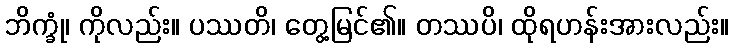
ဘိက္ခုံ၊ ကိုလည်း။ ပဿတိ၊ တွေ့မြင်၏။ တဿပိ၊ ထိုရဟန်းအားလည်း။